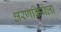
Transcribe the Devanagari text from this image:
क्षरणक्रियेला